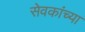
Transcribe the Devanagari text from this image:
सेवकांच्या